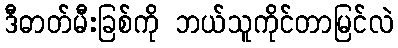
ဒီဓာတ်မီးခြစ်ကို ဘယ်သူကိုင်တာမြင်လဲ